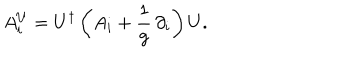
A _ { i } ^ { U } = U ^ { \dagger } \left( A _ { i } + \frac { 1 } { g } \, \partial _ { i } \right) U .